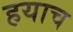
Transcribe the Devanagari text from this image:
हयाच